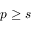
p \geq s